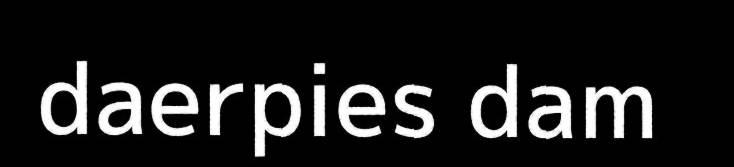
daerpies dam